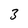
Character: 3